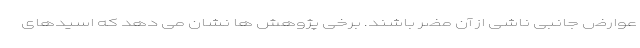
عوارض جانبی ناشی از آن مضر باشند. برخی پژوهش ها نشان می دهد که اسیدهای